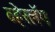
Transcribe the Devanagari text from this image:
व्हेरलॅग